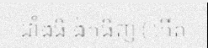
ដាំងធិ ង៉កធិញ ( កើត